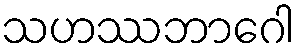
သဟဿဘာဂေါ